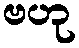
ဗဟု